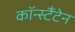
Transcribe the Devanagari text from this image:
कॉन्स्टैंटेन